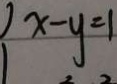
x - y = 1